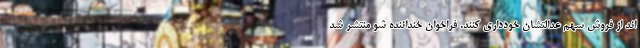
اند از فروش سهم عدالتشان خودداری کنند. فراخوان خنداننده شو منتشر شد